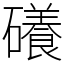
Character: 礢